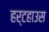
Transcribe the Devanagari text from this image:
हर्टहाउस